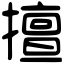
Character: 擅